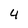
Character: 4